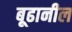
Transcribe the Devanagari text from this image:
बूढानील